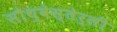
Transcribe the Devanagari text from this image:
सौथ्वेस्तेर्ली